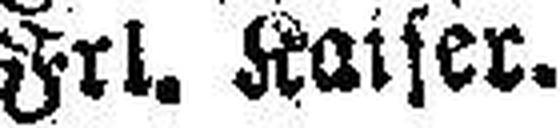
Frl. Kaiser.